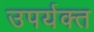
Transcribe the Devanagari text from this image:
उपर्यक्त